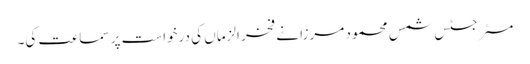
مسٹر جسٹس شمس محمود مرزا نے فخر الزماں کی درخواست پر سماعت کی۔